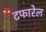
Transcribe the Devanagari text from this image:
टफारेल